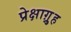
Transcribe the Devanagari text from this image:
प्रेक्षाग़्रुह